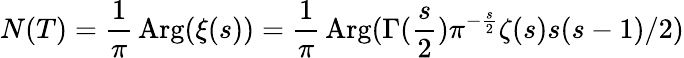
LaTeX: N(T)={\frac{1}{\pi}}\mathop{\mathrm{Arg}}(\xi(s))={\frac{1}{\pi}}\mathop{\mathrm{Arg}}(\Gamma({\frac{s}{2}})\pi^{-{\frac{s}{2}}}\zeta(s)s(s-1)/2)